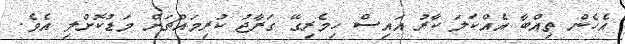
އެހެން ތިއްބާ އެއްކަލަ ކާރު އައިސް ހިމެރިގޭ ގަރާޖު ކުރިމައްޗަށް މަޑުކޮށްލި އެވެ.